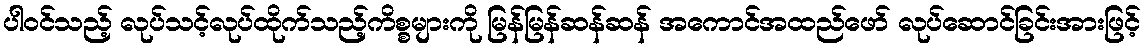
ပါဝင်သည့် လုပ်သင့်လုပ်ထိုက်သည့်ကိစ္စများကို မြန်မြန်ဆန်ဆန် အကောင်အထည်ဖော် လုပ်ဆောင်ခြင်းအားဖြင့်